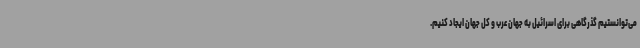
می‌توانستیم گذرگاهی برای اسرائیل به جهان عرب و کل جهان ایجاد کنیم.